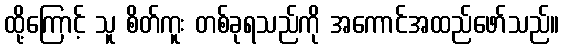
ထို့ကြောင့် သူ စိတ်ကူး တစ်ခုရသည်ကို အကောင်အထည်ဖော်သည်။